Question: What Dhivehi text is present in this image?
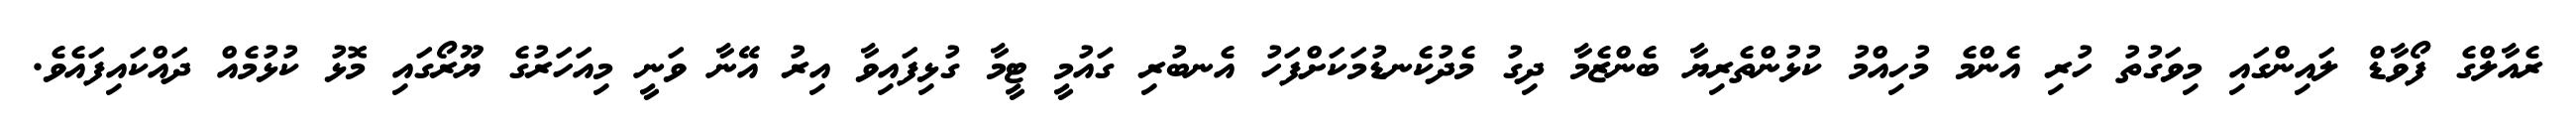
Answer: ރެއާލްގެ ފޯވާޑް ލައިންގައި މިވަގުތު ހުރި އެންމެ މުހިއްމު ކުޅުންތެރިޔާ ބެންޒެމާ ދިގު މެދުކެނޑުމަކަށްފަހު އެނބުރި ގައުމީ ޓީމާ ގުޅިފައިވާ އިރު އޭނާ ވަނީ މިއަހަރުގެ ޔޫރޯގައި މޮޅު ކުޅުމެއް ދައްކައިފައެވެ.